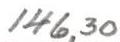
146,30